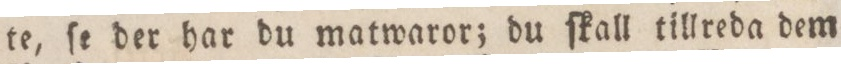
te, ſe der har du matwaror; du ſkall tillreda dem